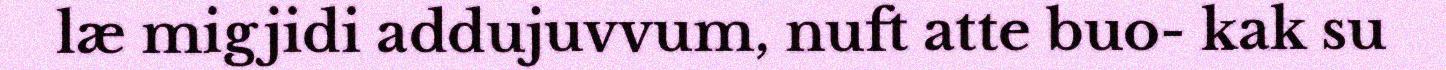
læ migjidi addujuvvum, nuft atte buo- kak su